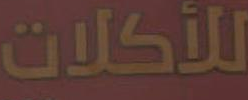
للأكلات